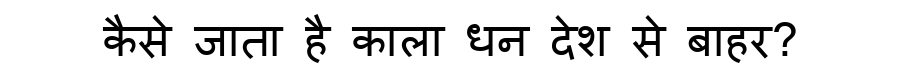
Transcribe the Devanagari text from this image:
कैसे जाता है काला धन देश से बाहर?